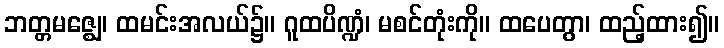
ဘတ္တမဇ္ဈေ၊ ထမင်းအလယ်၌။ ဂူထပိဏ္ဍံ၊ မစင်တုံးကို။ ထပေတွာ၊ ထည့်ထား၍။